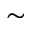
\sim